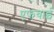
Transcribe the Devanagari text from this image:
एफवाई